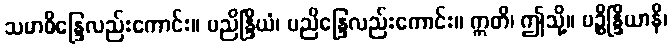
သမာဓိန္ဒြေလည်းကောင်း။ ပညိန္ဒြိယံ၊ ပညိန္ဒြေလည်းကောင်း။ ဣတိ၊ ဤသို့။ ပဉ္စိန္ဒြိယာနိ၊